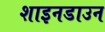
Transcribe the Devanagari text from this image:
शाइनडाउन